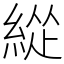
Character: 緃